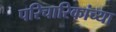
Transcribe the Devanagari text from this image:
परिचारिकांच्या